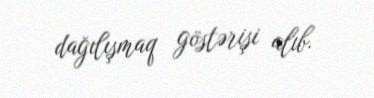
dağılışmaq göstərişi alıb.